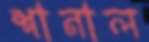
শানাল